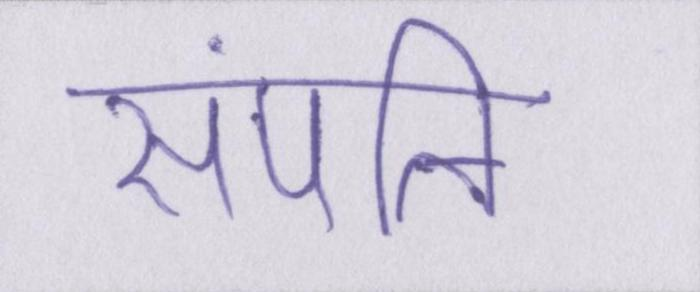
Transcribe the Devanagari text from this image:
संपत्ति